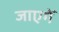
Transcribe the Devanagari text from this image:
जाएगेँ